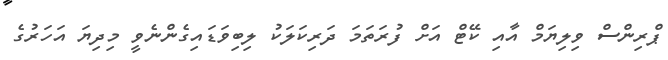
ޕްރިންސް ވިލިޔަމް އާއި ކޭޓް އަށް ފުރަތަމަ ދަރިކަލަކު ލިބިވަޑައިގެންނެވީ މިދިޔަ އަހަރުގެ